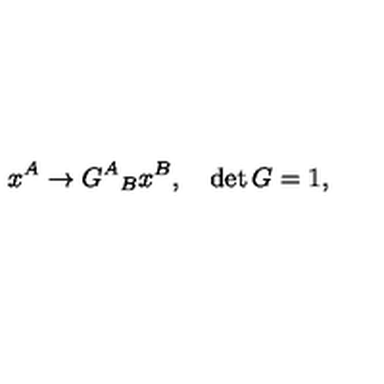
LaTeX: x ^ { A } \rightarrow { G ^ { A } } _ { B } x ^ { B } , \quad \det G = 1 ,